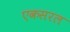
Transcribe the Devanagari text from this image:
एकसरल